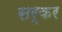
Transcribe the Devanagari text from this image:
सर्कर